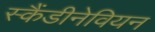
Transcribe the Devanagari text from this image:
स्कैंडीनेवियन